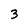
Character: 3